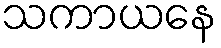
သကာယနေ